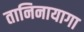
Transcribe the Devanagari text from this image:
तानिनायागा